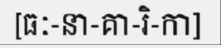
[ធៈ-នា-គា-រិ-កា]